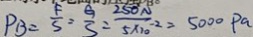
P _ { B } = \frac { F } { S } = \frac { G } { S } = \frac { 2 5 0 N } { 5 \times 1 0 ^ { - 2 } } = 5 0 0 0 P a